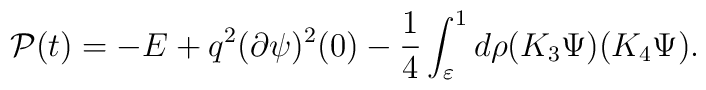
{\cal P}(t)=-E+q^2 (\partial  \psi)^2(0)-\frac14\int_{\varepsilon}^{1} d\rho (K_3 \Psi)(K_4 \Psi).